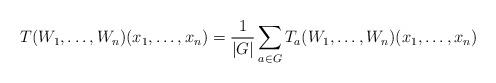
LaTeX: \begin{align*} T(W_1,\dots,W_n)(x_1,\dots,x_n)=\frac{1}{|G|}\sum_{a\in G}T_a(W_1,\dots,W_n)(x_1,\dots,x_n)\end{align*}